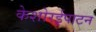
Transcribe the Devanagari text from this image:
केशोरईपाटन